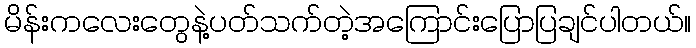
မိန်းကလေးတွေနဲ့ပတ်သက်တဲ့အကြောင်းပြောပြချင်ပါတယ်။